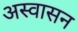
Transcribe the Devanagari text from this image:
अस्वासन